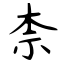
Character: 柰